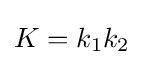
K=k_{1}k_{2}